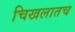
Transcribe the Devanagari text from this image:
चिखलातच